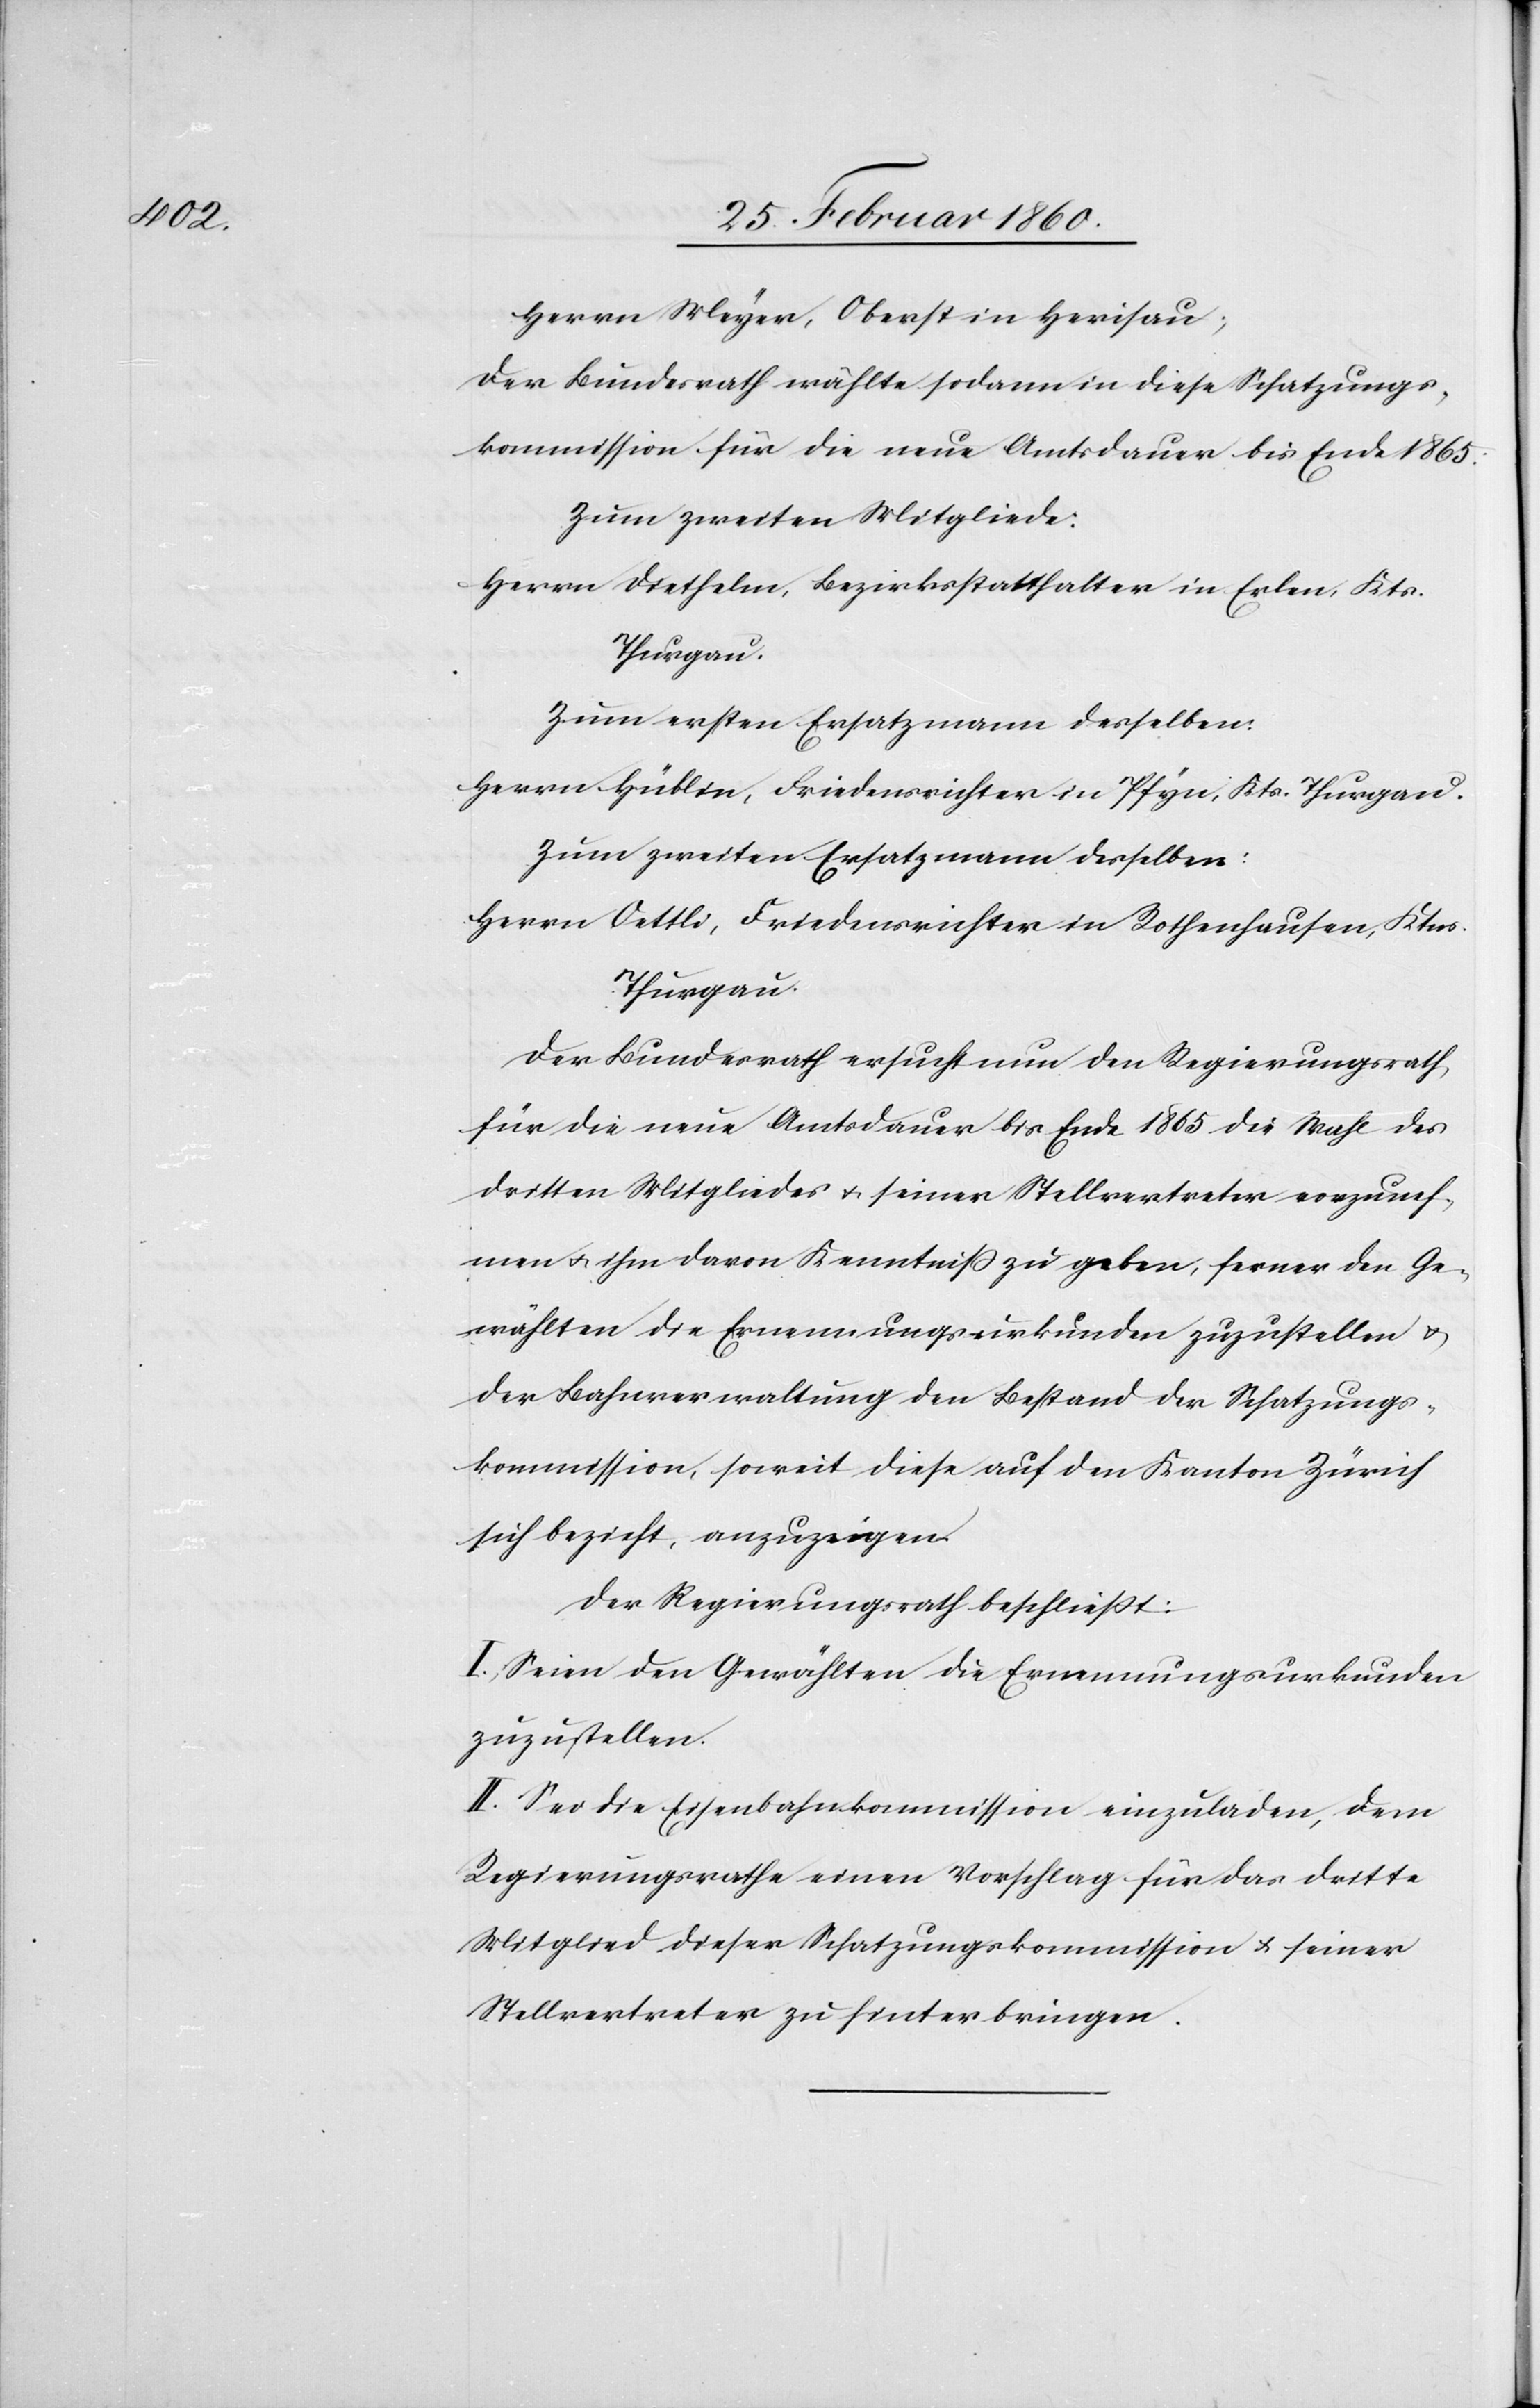
Herrn Meyer, Oberst in Herisau;
Der Bundesrath erwählte sodann in diese Schatzungs¬
kommission für die neue Amtsdauer bis Ende 1865:
Zum zweiten Mitgliede:
Herrn Diethelm, Bezirksstatthalter in Erlen, Kts.
Thurgau.
Zum ersten Ersatzmann desselben:
Herrn Hüblin, Friedensrichter in Pfyn, Kts. Thurgau.
Zum zweiten Ersatzmann desselben:
Herrn Oettli, Friedensrichter in Rothenhausen, Ktns.
Thurgau.
Der Bundesrath ersucht nun den Regierungsrath,
für die neue Amtsdauer bis Ende 1865 die Wahl des
dritten Mitgliedes u. seiner Stellvertreter vorzuneh¬
men u. ihm davon Kenntniß zu geben, ferner den Ge¬
wählten die Ernennungsurkunden zuzustellen u.
der Bahnverwaltung den Bestand der Schatzungs¬
kommission, soweit diese auf den Kanton Zürich
sich bezieht, anzuzeigen.
Der Regierungsrath beschliesst:
I. Seien den Gewählten die Ernennungsurkunden
zuzustellen.
II. Sei die Eisenbahnkommission einzuladen, dem
Regierungsrathe einen Vorschlag für das dritte
Mitglied dieser Schatzungskommission u. seiner
Stellvertreter zu hinterbringen.